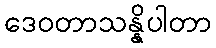
ဒေဝတာသန္နိပါတာ